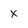
Character: x